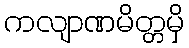
ကလျာဏမိတ္တမှိ